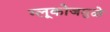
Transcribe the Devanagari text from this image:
ग्लूकोजमुळे